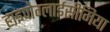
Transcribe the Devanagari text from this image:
हाइपोग्लाईसीमिया